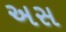
અસ